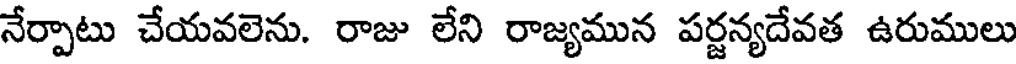
నేర్పాటు చేయవలెను. రాజు లేని రాజ్యమున పర్జన్యదేవత ఉరుములు